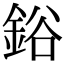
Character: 鋊